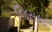
જિસકા